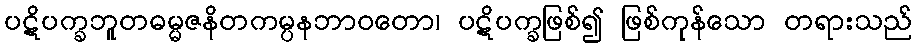
ပဋိပက္ခဘူတဓမ္မဇနိတကမ္ပနဘာဝတော၊ ပဋိပက္ခဖြစ်၍ ဖြစ်ကုန်သော တရားသည်